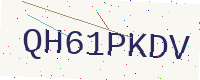
Text: QH61PKDV